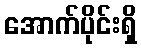
အောက်ပိုင်းရှိ